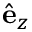
\hat { \mathbf { e } } _ { z }